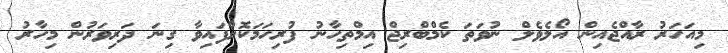
މިއަހަރު ރާއްޖެއިން އޯލެވެލް ނުވަތަ ކެމްބްރިޖް އިމްތިހާނު ފުރިހަމަކޮށްފައިވާ ގިނަ ދަރިވަރުން މިހާރު